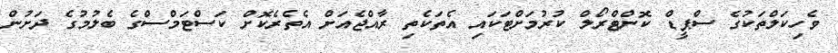
ވެހިކަލްތަކުގެ ސްޕީޑް ކޮންޓްރޯލް ކުރުމަށްޓަކައި އެތަކެތި ރާއްޖެއަށް އެތެރެކޮށް ކަސްޓަމްސްގެ ބެލުމުގެ ދަށުން